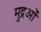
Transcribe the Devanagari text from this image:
मुद्रओं